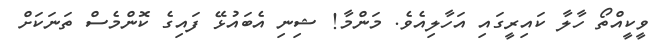
ވީކީއްތޯ ހާލާ ކައިރީގައި އަހާލިއެވެ. މަންމާ! ޝިނި އެބައުޅޭ ފައިގެ ކޮންމެސް ތަނަކަށް